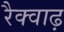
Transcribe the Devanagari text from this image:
रैक्वाढ़